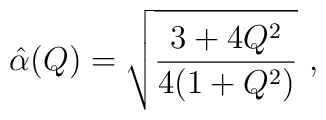
\hat \alpha(Q) =  \sqrt{{3 + 4 Q^2 \over 4(1+Q^2)}}\ ,